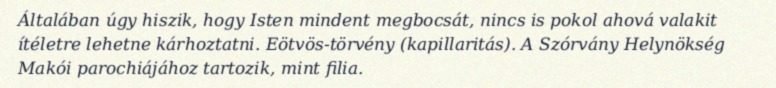
Általában úgy hiszik, hogy Isten mindent megbocsát, nincs is pokol ahová valakit ítéletre lehetne kárhoztatni. Eötvös-törvény (kapillaritás). A Szórvány Helynökség Makói parochiájához tartozik, mint filia.